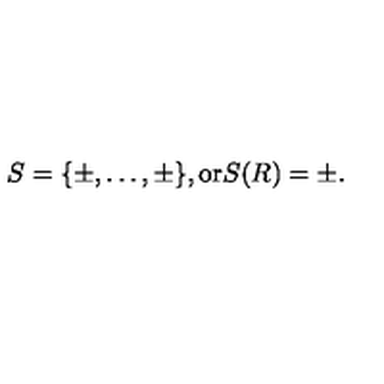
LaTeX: S = \{ \pm , \dots , \pm \} , \mathrm { o r } S ( R ) = \pm .